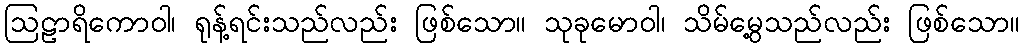
ဩဠာရိကောဝါ၊ ရုန့်ရင်းသည်လည်း ဖြစ်သော။ သုခုမောဝါ၊ သိမ်မွေ့သည်လည်း ဖြစ်သော။